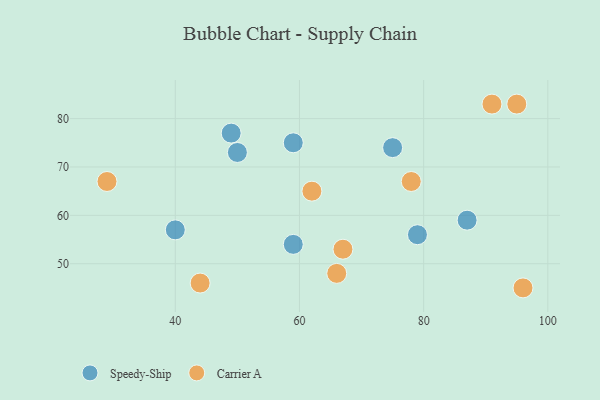
{"axis": {"x": "GDP", "y": "Life Expectancy"}, "legend": ["Carrier A", "Speedy-Ship"], "data": [{"x": "75", "y": 74, "type": "Speedy-Ship"}, {"x": "59", "y": 75, "type": "Speedy-Ship"}, {"x": "49", "y": 77, "type": "Speedy-Ship"}, {"x": "59", "y": 54, "type": "Speedy-Ship"}, {"x": "87", "y": 59, "type": "Speedy-Ship"}, {"x": "40", "y": 57, "type": "Speedy-Ship"}, {"x": "79", "y": 56, "type": "Speedy-Ship"}, {"x": "50", "y": 73, "type": "Speedy-Ship"}, {"x": "66", "y": 48, "type": "Carrier A"}, {"x": "29", "y": 67, "type": "Carrier A"}, {"x": "78", "y": 67, "type": "Carrier A"}, {"x": "62", "y": 65, "type": "Carrier A"}, {"x": "95", "y": 83, "type": "Carrier A"}, {"x": "91", "y": 83, "type": "Carrier A"}, {"x": "44", "y": 46, "type": "Carrier A"}, {"x": "67", "y": 53, "type": "Carrier A"}, {"x": "96", "y": 45, "type": "Carrier A"}]}